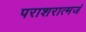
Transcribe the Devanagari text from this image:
पराशरात्मजं